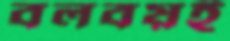
বলবয়ই